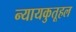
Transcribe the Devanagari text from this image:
न्यायकुतूहल